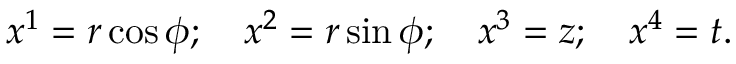
x ^ { 1 } = r \cos \phi ; \quad x ^ { 2 } = r \sin \phi ; \quad x ^ { 3 } = z ; \quad x ^ { 4 } = t .